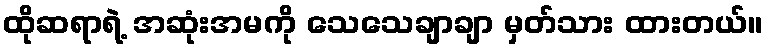
ထိုဆရာရဲ့ အဆုံးအမကို သေသေချာချာ မှတ်သား ထားတယ်။